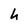
Character: h